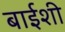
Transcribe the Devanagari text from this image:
बाईशी